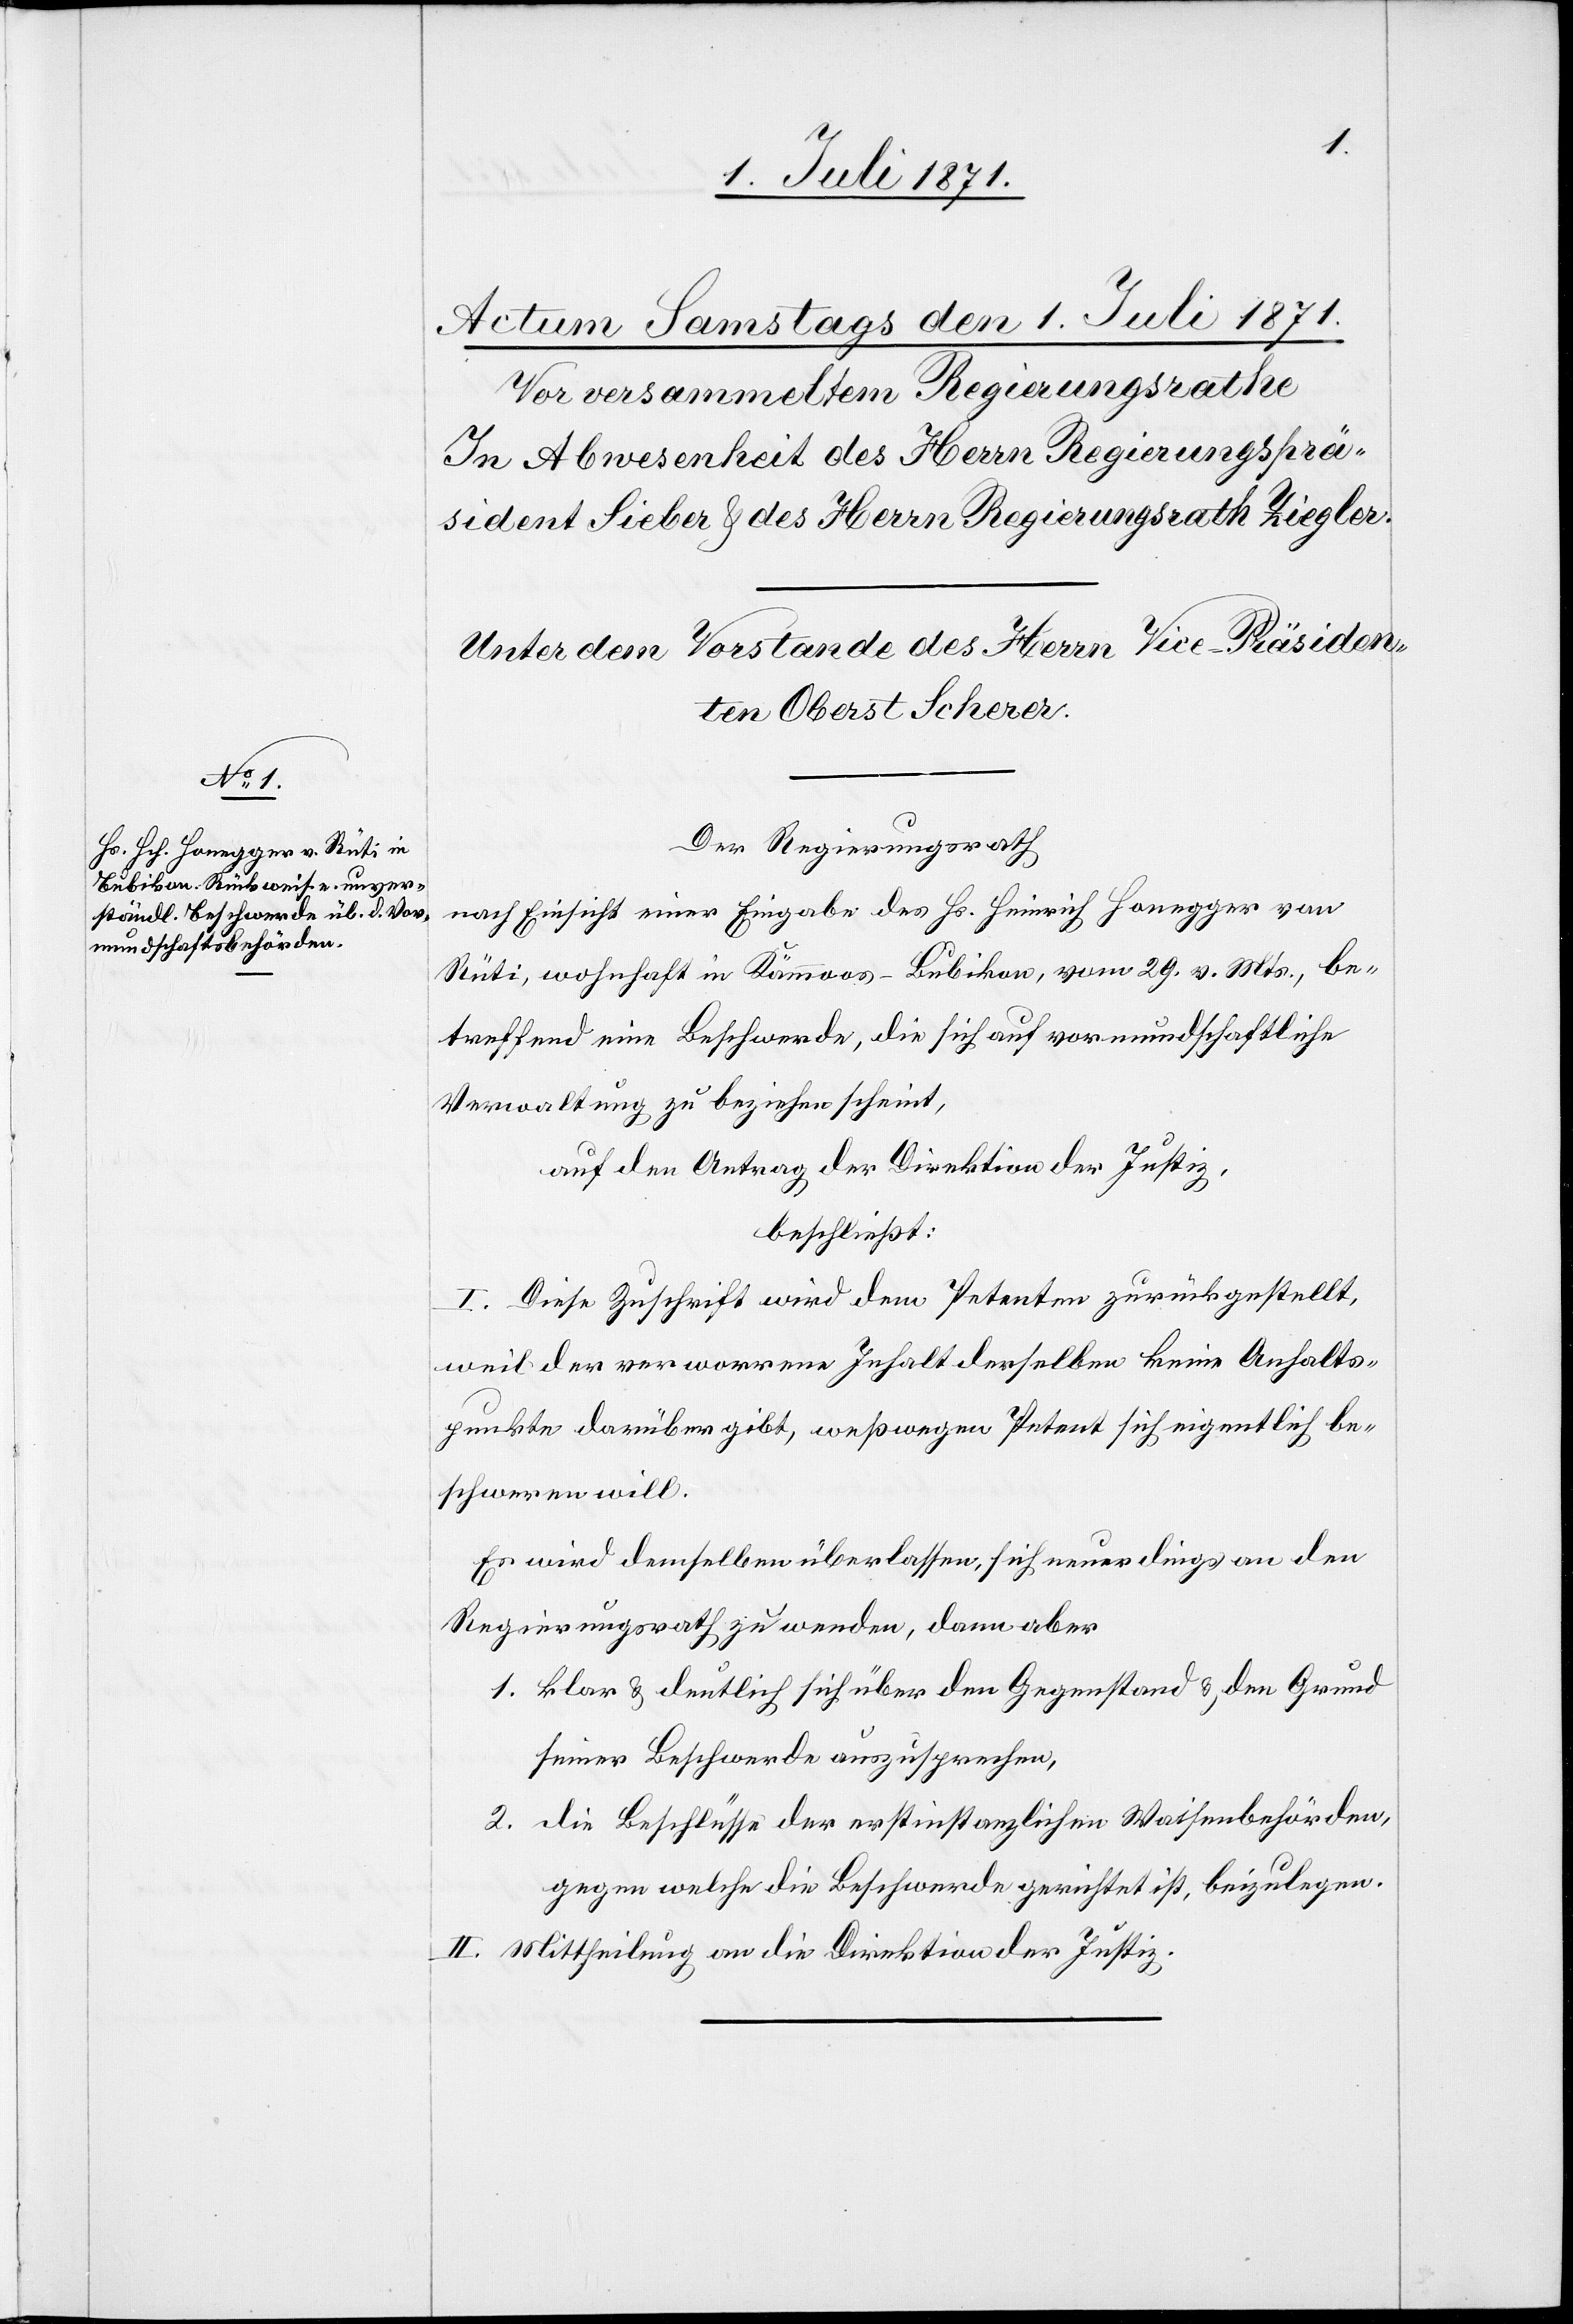
1.
Der Regierungsrath
nach Einsicht einer Eingabe des Hs. Heinrich Honegger von
Rüti, wohnhaft in Kämmoos-Bubikon vom 29. v. Mts., be¬
treffend eine Beschwerde, die sich auf vormundschaftliche
Verwaltung zu beziehen scheint,
auf den Antrag der Direktion der Justiz,
beschließt:
I. Diese Zuschrift wird dem Petenten zurückgestellt,
weil der verworrene Inhalt derselben keine Anhalts¬
punkte darüber gibt, weßwegen Petent sich eigentlich be¬
schweren will.
Es wird demselben überlassen, sich neuerdings an den
Regierungsrath zu wenden, dann aber
klar u. deutlich sich über den Gegenstand u. den Grund
seiner Beschwerde auszusprechen,
die Beschlüsse der erstinstanzlichen Waisenbehörden,
gegen welche die Beschwerde gerichtet ist, beizulegen.
II. Mittheilung an die Direktion der Justiz.